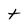
Character: t